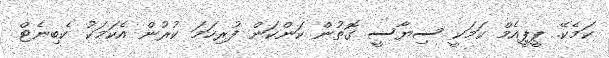
ކަމެކޭ. ޕީޕީއެމް ކަމަކީ ސިޔާސީ ގޮތުން ކަންކަން ފުރިހަމަ ކުރުން އެކަމަކު ކެބިނެޓް